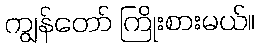
ကျွန်တော် ကြိုးစားမယ်။